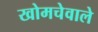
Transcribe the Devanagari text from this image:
खोमचेवाले